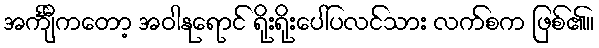
အင်္ကျီကတော့ အဝါနုရောင် ရိုးရိုးပေါ်ပလင်သား လက်စက ဖြစ်၏။